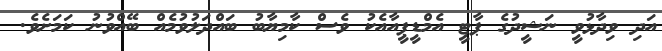
އަދި ވިދާޅުވީ ނަޝީދުގެ ޕާޓީ އެމްޑީޕީއާއެކު ވެސް ކާމިޔާބު ބައްދަލުވުމެއް ބޭއްވުނު ކަމަށެވެ.